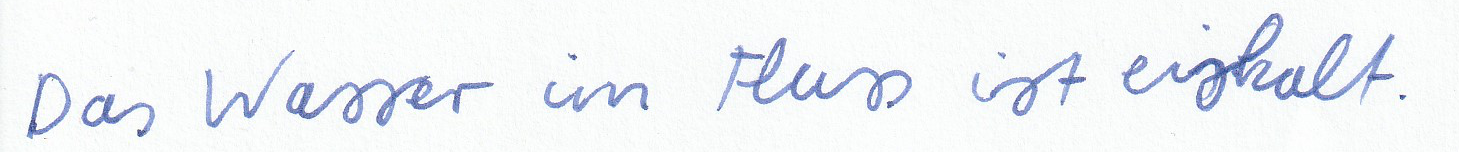
Das Wasser im Fluss ist eiskalt.